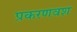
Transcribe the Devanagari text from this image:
प्रकरणवश